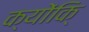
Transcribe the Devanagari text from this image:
क्योंकि्